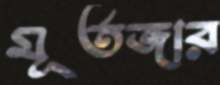
মূর্তজার